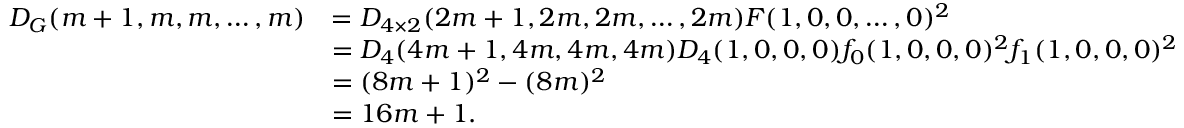
\begin{array} { r l } { D _ { G } ( m + 1 , m , m , \ldots , m ) } & { = D _ { 4 \times 2 } ( 2 m + 1 , 2 m , 2 m , \ldots , 2 m ) F ( 1 , 0 , 0 , \ldots , 0 ) ^ { 2 } } \\ & { = D _ { 4 } ( 4 m + 1 , 4 m , 4 m , 4 m ) D _ { 4 } ( 1 , 0 , 0 , 0 ) f _ { 0 } ( 1 , 0 , 0 , 0 ) ^ { 2 } f _ { 1 } ( 1 , 0 , 0 , 0 ) ^ { 2 } } \\ & { = ( 8 m + 1 ) ^ { 2 } - ( 8 m ) ^ { 2 } } \\ & { = 1 6 m + 1 . } \end{array}